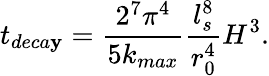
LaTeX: t_{deca\mathbf{y}}=\frac{{2^{7}\pi^{4}}}{{5k_{max}}}\frac{{l_{s}^{8}}}{{r_{0}^{4}}}H^{3}.